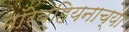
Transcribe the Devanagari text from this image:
मॉरेव्हियनाच्या